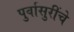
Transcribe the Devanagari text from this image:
पुर्वासुरींचे